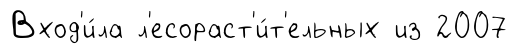
Вход'и́ла л'есораст'и́т'ельных из 2007